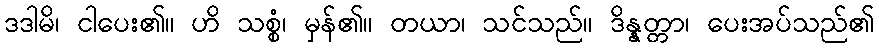
ဒဒါမိ၊ ငါပေး၏။ ဟိ သစ္စံ၊ မှန်၏။ တယာ၊ သင်သည်။ ဒိန္နတ္တာ၊ ပေးအပ်သည်၏